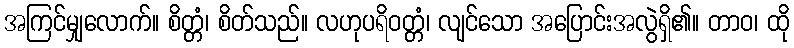
အကြင်မျှလောက်။ စိတ္တံ၊ စိတ်သည်။ လဟုပရိဝတ္တံ၊ လျင်သော အပြောင်းအလွဲရှိ၏။ တာဝ၊ ထို